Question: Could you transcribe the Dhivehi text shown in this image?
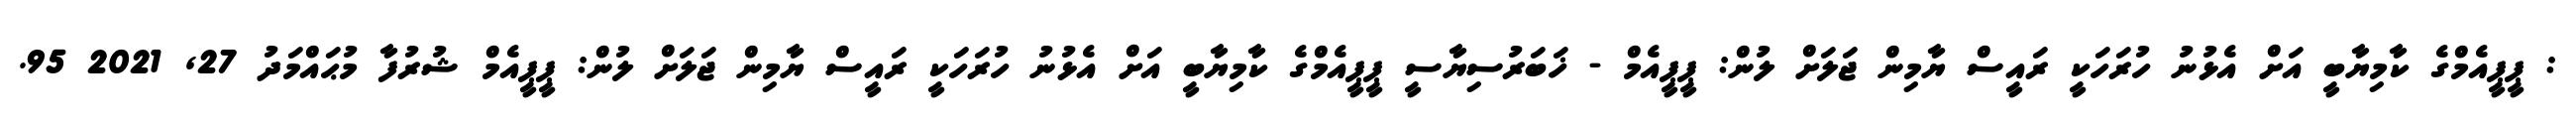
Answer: : ޕީޕީއެމްގެ ކާމިޔާބީ އަށް އެޅުނު ހުރަހަކީ ރައީސް ޔާމިން ޖަލަށް ލުން: ޕީޕީއެމް - ޚަބަރުސިޔާސީ ޕީޕީއެމްގެ ކާމިޔާބީ އަށް އެޅުނު ހުރަހަކީ ރައީސް ޔާމިން ޖަލަށް ލުން: ޕީޕީއެމް ޝުރުފާ މުޙައްމަދު 27, 2021 95.